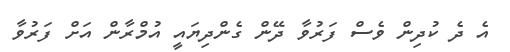
އެ ދެ ކުދިން ވެސް ފަރުވާ ދޭން ގެންދިޔައީ އުމްރާން އަށް ފަރުވާ